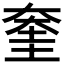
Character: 𡙔